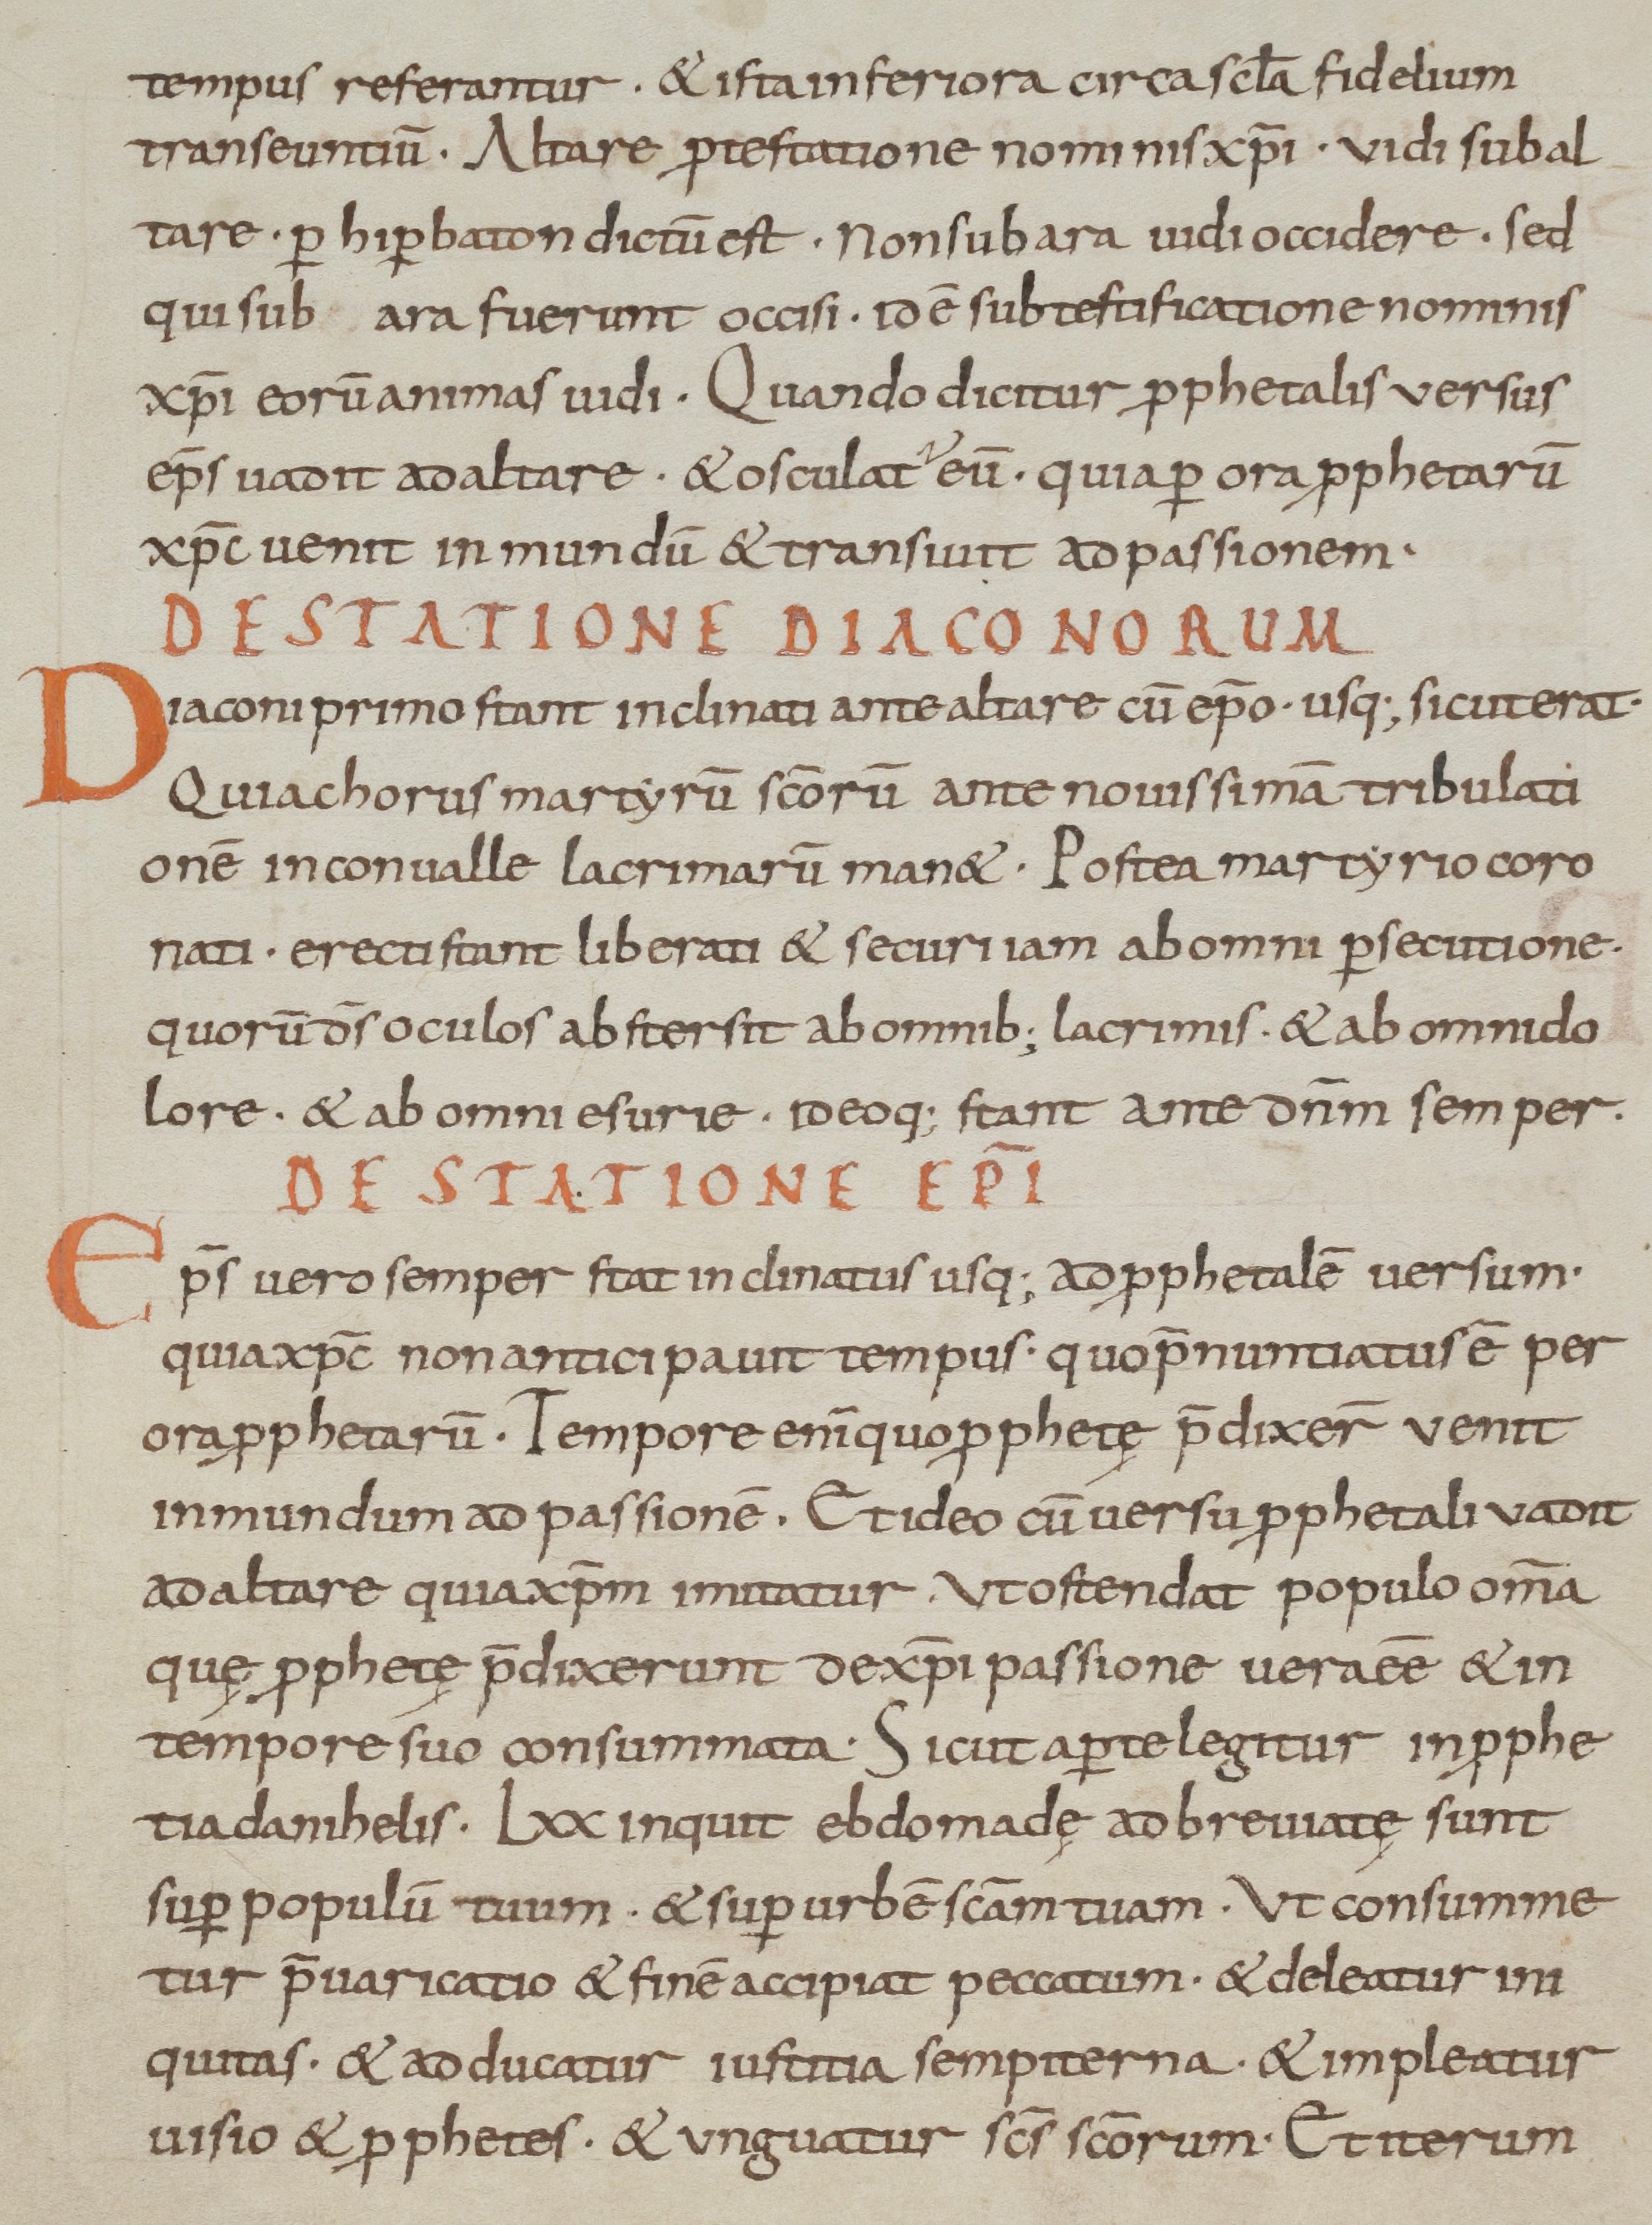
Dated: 900–999